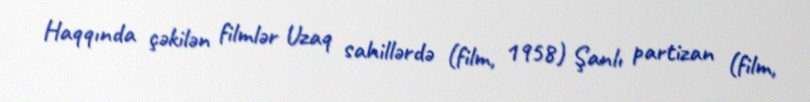
Haqqında çəkilən filmlər Uzaq sahillərdə (film, 1958) Şanlı partizan (film,